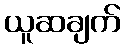
ယူဆချက်